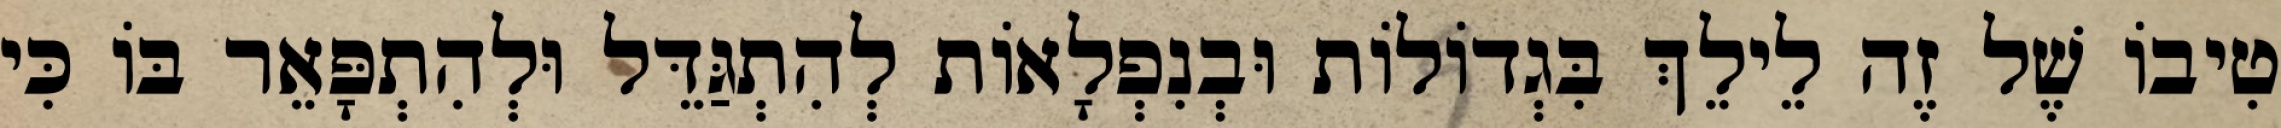
טִיבוֹ שֶׁל זֶה לֵילֵךְ בִּגְדוֹלוֹת וּבְנִפְלָאוֹת לְהִתְגַּדֵּל וּלְהִתְפָּאֵר בּוֹ כִּי